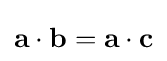
\mathbf {a} \cdot \mathbf {b} =\mathbf {a} \cdot \mathbf {c}